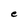
Character: e